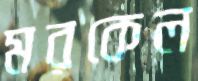
মরকেল